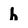
Character: h